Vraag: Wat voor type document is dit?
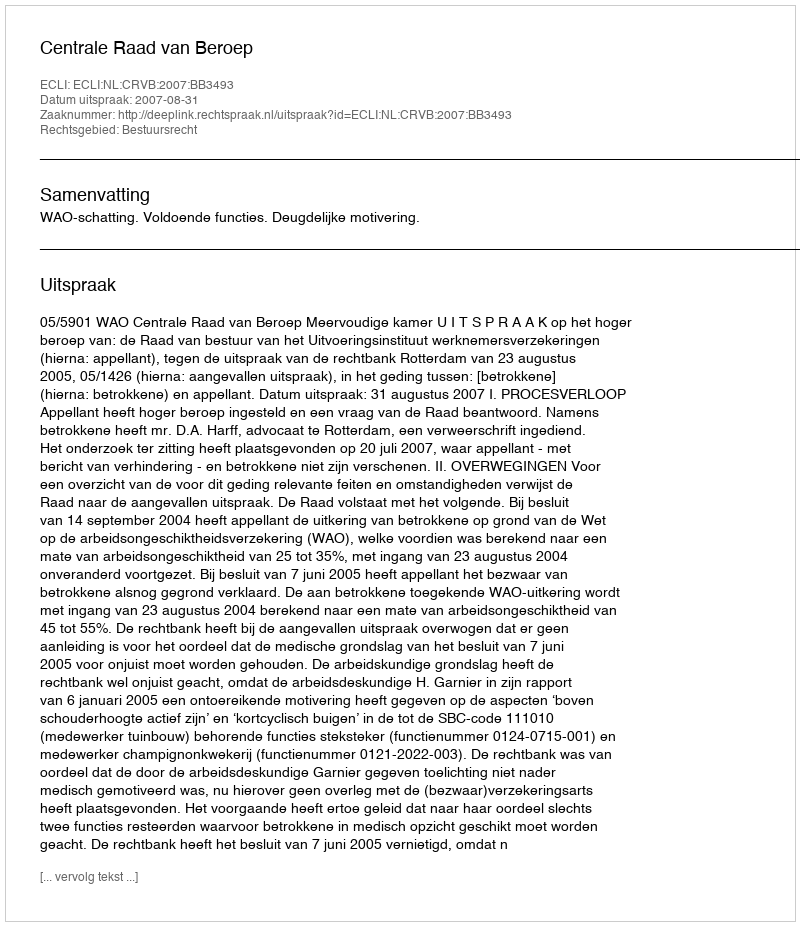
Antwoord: Uitspraak